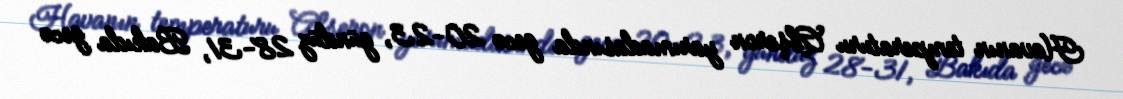
Havanın temperaturu Abşeron yarımadasında gecə 20-23, gündüz 28-31, Bakıda gecə